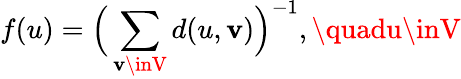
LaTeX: f(u)=\Big(\sum_{\mathbf{v}\inV}d(u,\mathbf{v})\Big)^{-1},\quadu\inV